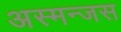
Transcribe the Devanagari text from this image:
अस्मन्जस